Laidoner,_Johan, lk 42
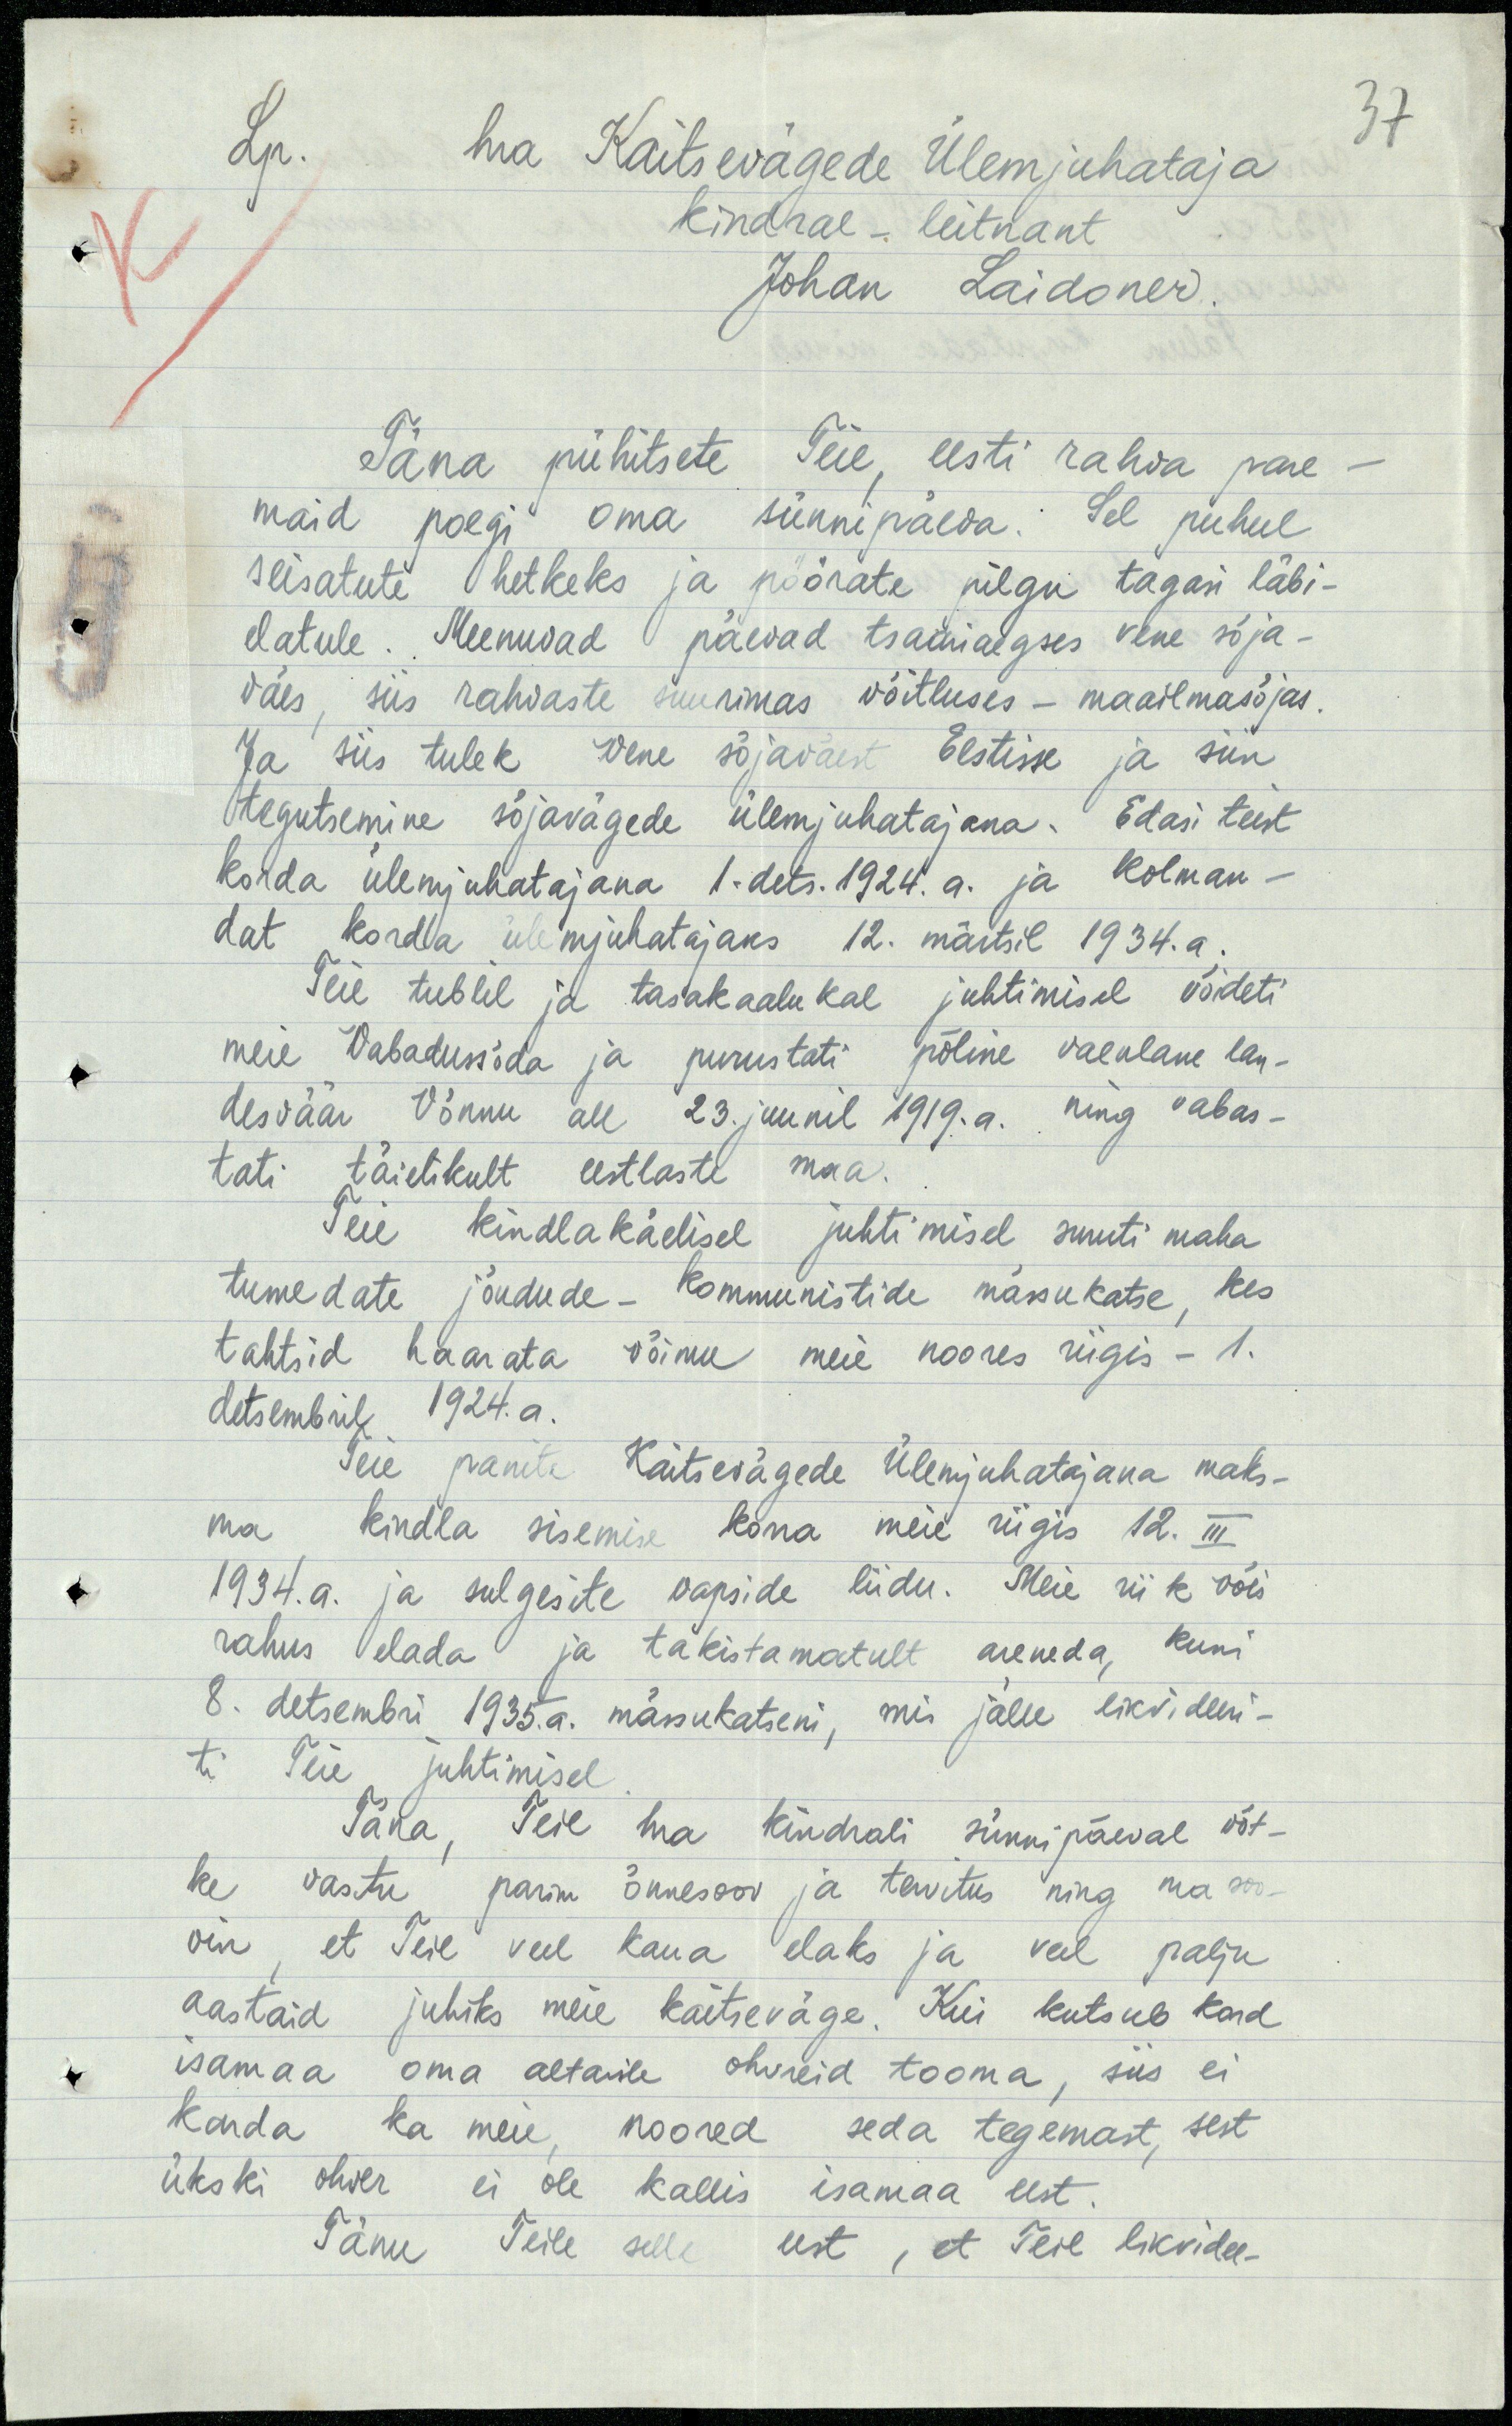
Lp. hra Kaitsevägede Ülemjuhataja
37
kindral-leitnant
Johan Laidoner
Täna pühitsete Teie, eesti rahva pare-
maid poegi oma sünnipäeva. Sel puhul
seisatute hetkeks ja pöörate pilgu tagasi läbi-
elatule. Meenuvad päevad taariaegses vene sõja-
väes, siis rahvaste suurimas võitluses - maailmasõjas.
Ja siis tulek Vene sõjaväest Eestisse ja siin
tegutsemine sõjavägede ülemjuhatajana. Edasi teist
korda ülemjuhatajana 1.dets.1924.a. ja kolman-
dat korda ülemjuhatajaks 12. märtsil 1934.a.
Teie tublil ja tasakaalukal juhtimisel võideti
meie Vabadussõda ja purustati põline vaealane lan-
desväär Võnnu all 23. juunil 1919.a. ning vabas-
tati täielikult eestlaste maa.
Teie kindlakäelisel juhtimisel, suuti maha
tumedate jõudude - kommunistide mässukatse, kes
tahtsid haarata võimu meie noores riigis - 1.
detsembril 1924.a.
Teie panite Kaitsevägede ülemjuhatajana maks-
ma kindla sisemise korra meie riigis 12. III
1934. a. ja sulgesite vapside liidu. Meie riik võis
rahus elada ja takistamatult areneda, kuni
8. detsembri 1935. a. mässukatseni, mis jälle likvideeri-
ti Teie juhtimisel
Täna, Teie hra kindrali sünnipäeval võt-
ke vastu parim õnnesoov ja tervitus ning ma soo-
vin, et Teie veel kaua elaks ja veel palju
aastaid juhiks meie kaitseväge. Kui kutsub kord
isamaa oma altarile ohvreid tooma, siis ei
karda ka meie, noored seda tegemast, sest
ükski ohver ei ole kallis isamaa eest.
Tänu Teile selle eest, et Teie likvidee-